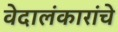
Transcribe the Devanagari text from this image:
वेदालंकारांचे